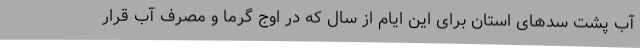
آب پشت سدهای استان برای این ایام از سال که در اوج گرما و مصرف آب قرار